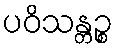
ပဝိသန္တဉ္စ